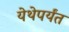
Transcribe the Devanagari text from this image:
येथेपर्यंत